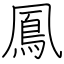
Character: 鳳